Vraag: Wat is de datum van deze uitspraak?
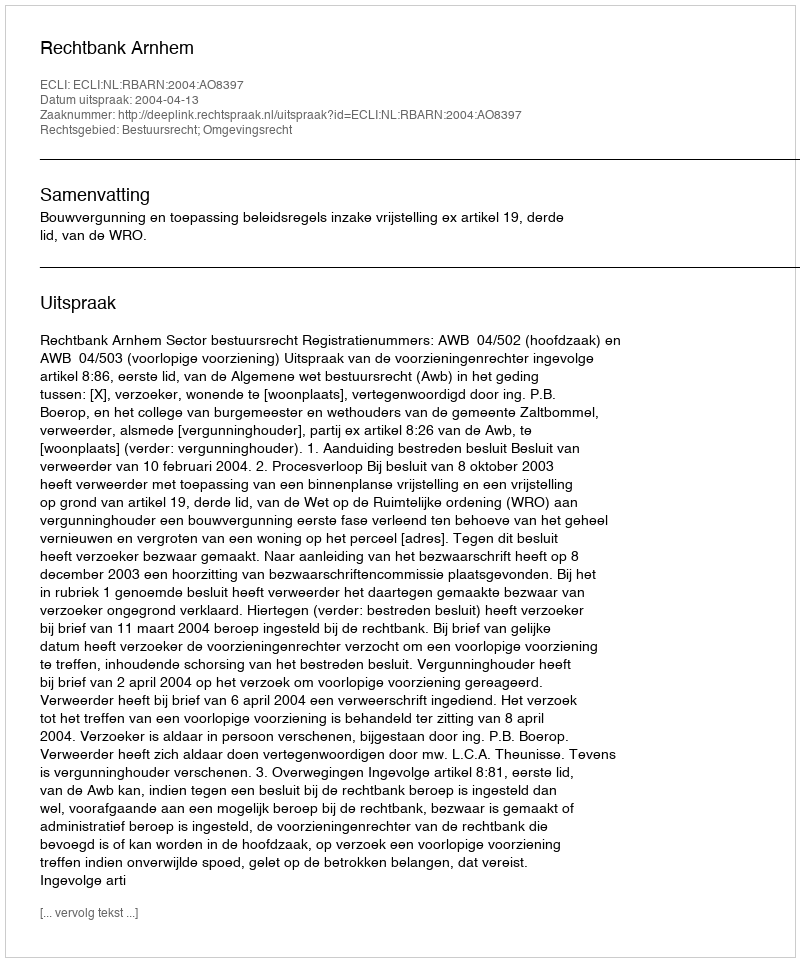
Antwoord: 2004-04-13